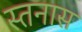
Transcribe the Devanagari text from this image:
स्तनास